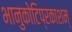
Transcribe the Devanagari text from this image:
भानुकोटिप्रकाशम्